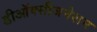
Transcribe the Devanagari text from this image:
डीऑक्सीजनेशन